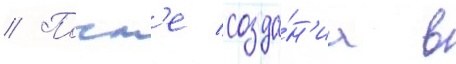
// Посл'е созда́н'иа в